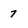
Character: 7